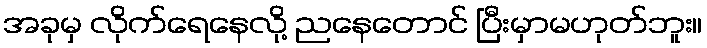
အခုမှ လိုက်ရေနေလို့ ညနေတောင် ပြီးမှာမဟုတ်ဘူး။